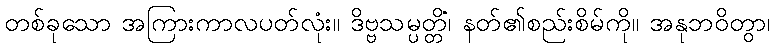
တစ်ခုသော အကြားကာလပတ်လုံး။ ဒိဗ္ဗသမ္ပတ္တိံ၊ နတ်၏စည်းစိမ်ကို။ အနုဘဝိတွာ၊